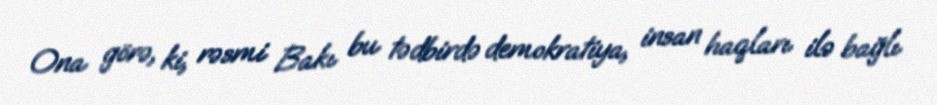
Ona görə, ki, rəsmi Bakı bu tədbirdə demokratiya, insan haqları ilə bağlı